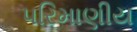
પરિમાણીય